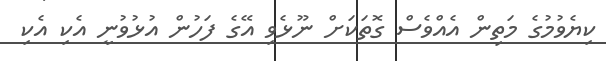
ކިޔެވުމުގެ މަތިން އެއްވެސް ގޮތަކަށް ނޫޅެވި އޭގެ ފަހުން އުޅުވުނީ އެކި އެކި